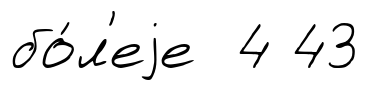
бо́л'еjе 4 43